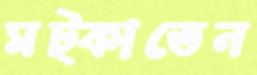
মট্‌কাতেন